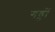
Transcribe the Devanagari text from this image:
गङ्ढों